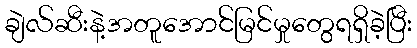
ချဲလ်ဆီးနဲ့အတူအောင်မြင်မှုတွေရရှိခဲ့ပြီး